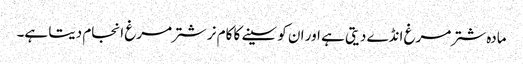
مادہ شتر مرغ انڈے دیتی ہے اور ان کو سینے کا کام نر شترمرغ انجام دیتا ہے۔